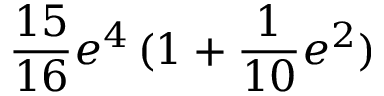
\frac { 1 5 } { 1 6 } e ^ { 4 } \, ( 1 + \frac { 1 } { 1 0 } e ^ { 2 } )